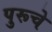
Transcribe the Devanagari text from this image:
पुरूचे